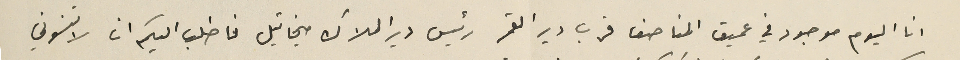
انا اليوم موجود في عميق المناصف قرب دير القمر رئيس دير الملاك ميخائيل فاطلب اليكم ان لا تنسوني